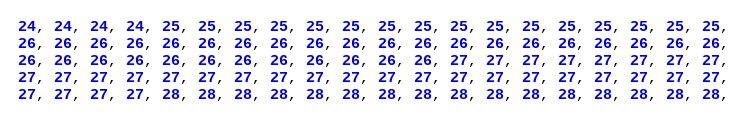
Language: C
24, 24, 24, 24, 25, 25, 25, 25, 25, 25, 25, 25, 25, 25, 25, 25, 25, 25, 25, 25,
26, 26, 26, 26, 26, 26, 26, 26, 26, 26, 26, 26, 26, 26, 26, 26, 26, 26, 26, 26,
26, 26, 26, 26, 26, 26, 26, 26, 26, 26, 26, 26, 27, 27, 27, 27, 27, 27, 27, 27,
27, 27, 27, 27, 27, 27, 27, 27, 27, 27, 27, 27, 27, 27, 27, 27, 27, 27, 27, 27,
27, 27, 27, 27, 28, 28, 28, 28, 28, 28, 28, 28, 28, 28, 28, 28, 28, 28, 28, 28,